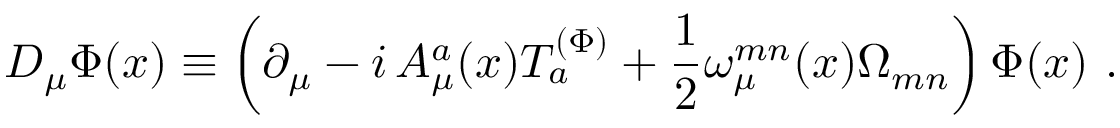
{ \cal D } _ { \mu } \Phi ( x ) \equiv \left( \partial _ { \mu } - i \, { A _ { \mu } ^ { a } } ( x ) T _ { a } ^ { ( \Phi ) } + \frac 1 2 \omega _ { \mu } ^ { m n } ( x ) \Omega _ { m n } \right) \Phi ( x ) \, \, .